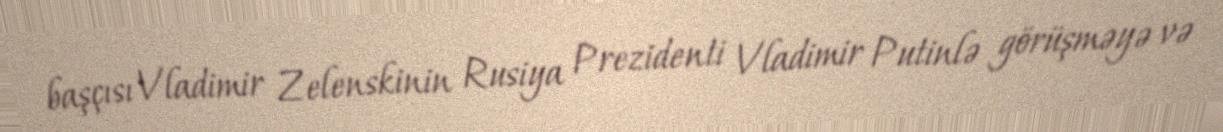
başçısı Vladimir Zelenskinin Rusiya Prezidenti Vladimir Putinlə görüşməyə və